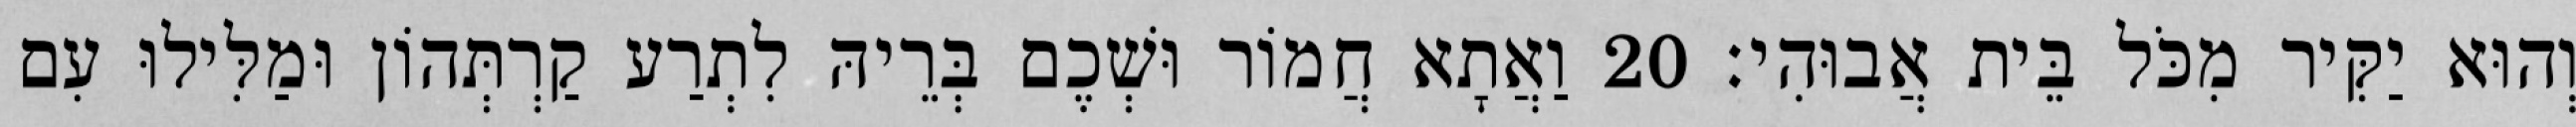
וְהוּא יַקִּיר מִכֹּל בֵּית אֲבוּהִי׃ 20 וַאֲתָא חֲמוֹר וּשְׁכֶם בְּרֵיהּ לִתְרַע קַרְתְּהוֹן וּמַלִּילוּ עִם